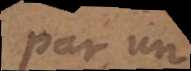
par un